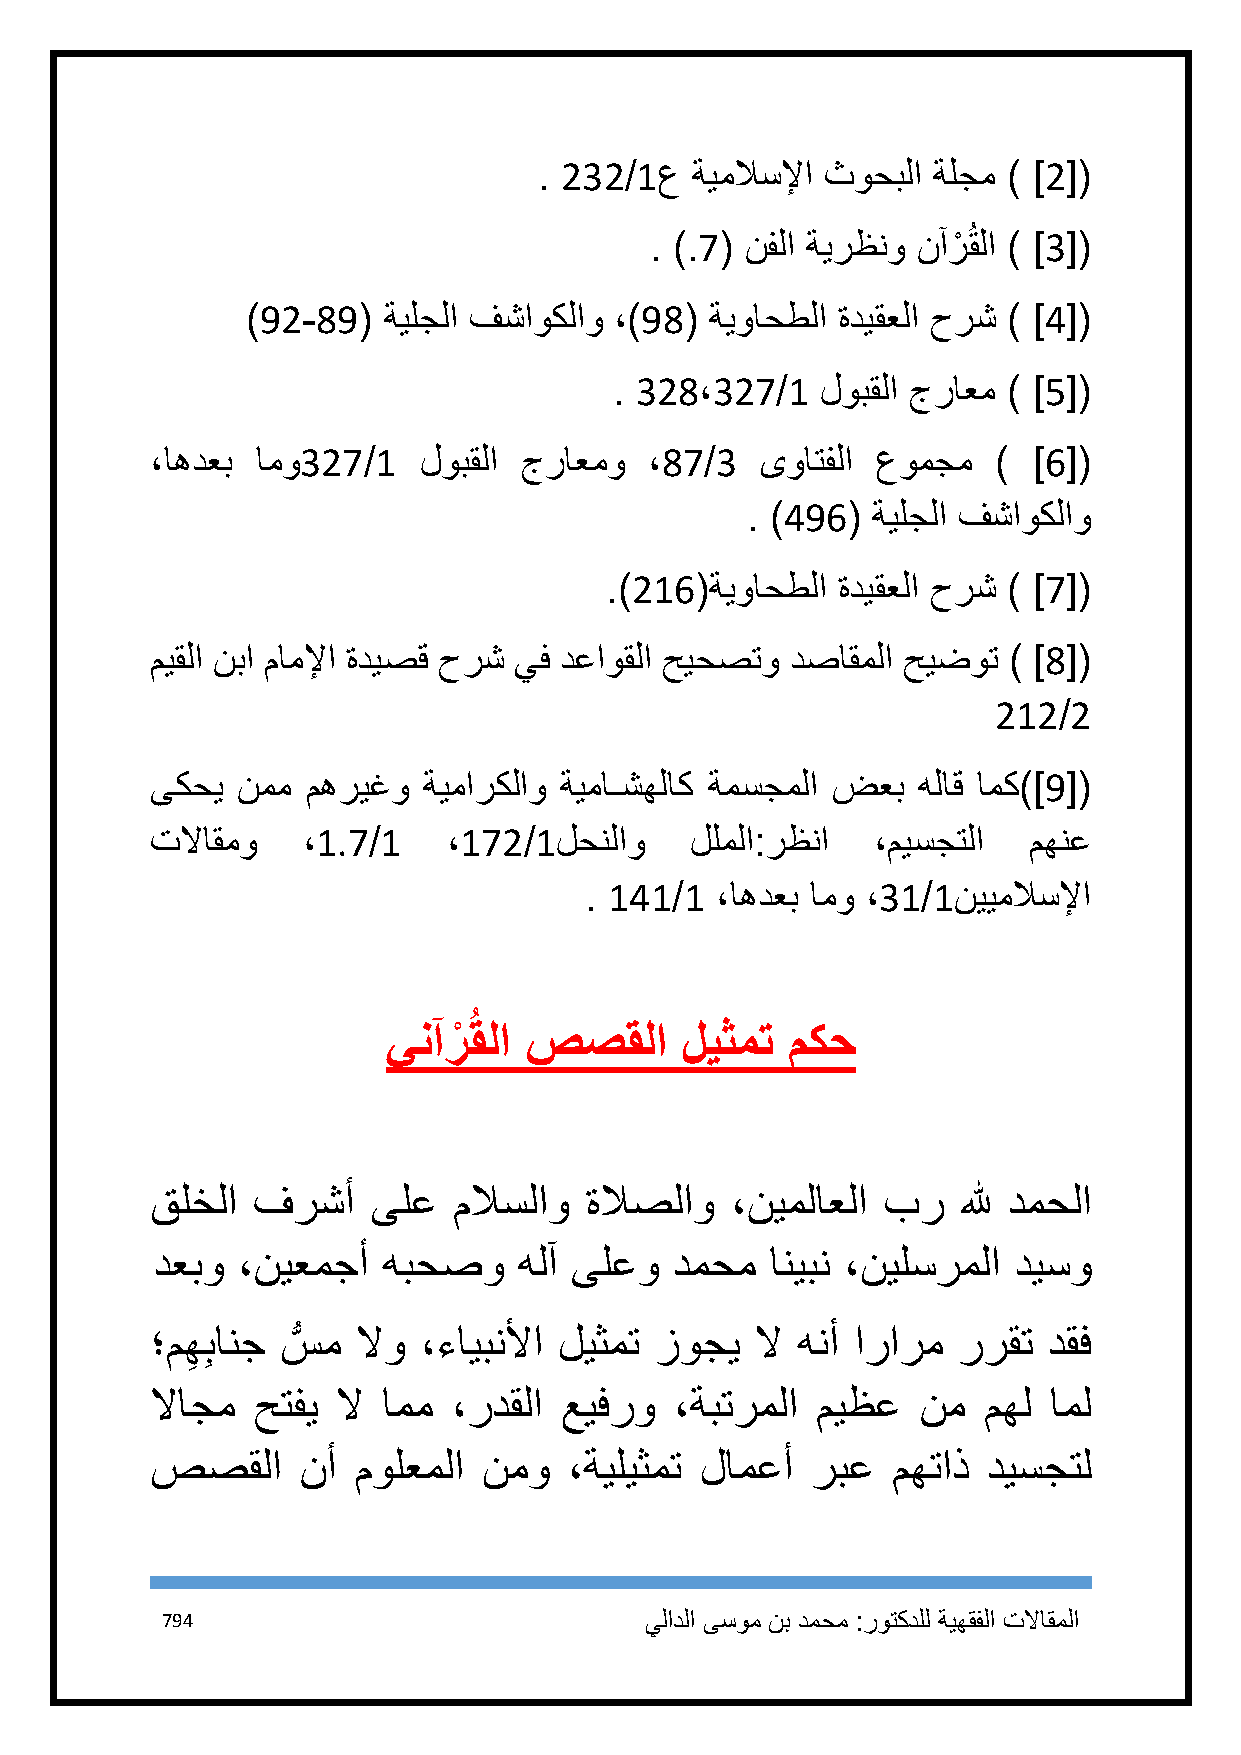
. 232/1ع  ةيملاسلإا ثوحبلا ةلجم ) ]2[(
 . ).7( نفلا ةيرظنو نآرْ ُقلا ) ]3[(
 )92-89(  ةيلجلا فشاوكلاو ،)98( ةيواحطلا ةديقعلا حرش ) ]4[(
 . 328،327/1  لوبقلا جراعم ) ]5[(
 ،اهدعب امو327/1   لوبقلا جراعمو  ،87/3  ىواتفلا عومجم   ) ]6[(
 . )496(  ةيلجلا فشاوكلاو
 .)216(ةيواحطلا ةديقعلا حرش ) ]7[(
 ميقلا نبا ماملإا ةديصق حرش يف دعاوقلا حيحصتو دصاقملا حيضوت ) ]8[(
 212/2
 ىكحي  نمم مهريغو  ةيماركلاو ةيماـشهلاك ةمسجملا ضعب هلاق امك)]9[(
 تلااقمو   ،1.7/1    ،172/1لحنلاو    للملا:رظنا  ،ميسجتلا  مهنع
 . 141/1 ،اهدعب امو ،31/1نييملاسلإا
 ينآرْ ُقلا صصقلا   ليثمت  مكح
 قلخلا  فرشأ    ىلع  ملاسلاو  ةلاصلاو  ،نيملاعلا بر    لله دمحلا
 دعبو  ،نيعمجأ  هبحصو    هلآ ىلعو   دمحم  انيبن ،نيلسرملا ديسو
 ؛مه
 ِ
 ِبانج سُّ م لاو ،ءايبنلأا ليثمت زوجي لا هنأ ارارم ررقت  دقف
 لااجم  حتفي لا امم  ،ردقلا عيفرو   ،ةبترملا ميظع   نم  مهل امل
 صصقلا     نأ مولعملا  نمو   ،ةيليثمت لامعأ  ربع  مهتاذ ديسجتل
 794                             يلادلا ىسوم نب دمحم :روتكدلل ةيهقفلا تلااقملا